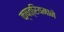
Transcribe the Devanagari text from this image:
क्षत्रियमाने